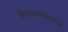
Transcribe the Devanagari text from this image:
केतापमानपर